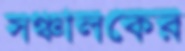
সঞ্চালকের